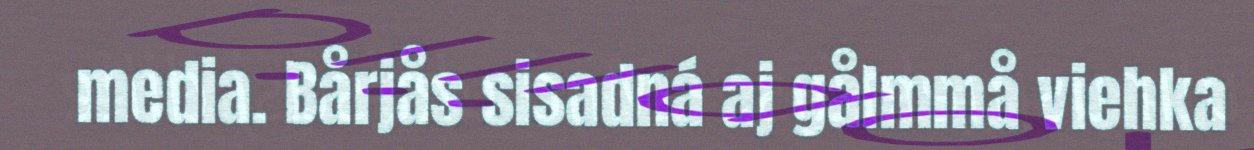
media. Bårjås sisadná aj gålmmå viehka